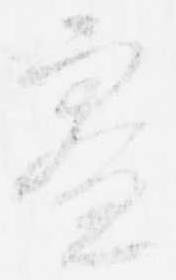
寮